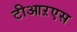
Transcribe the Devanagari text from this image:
टीआऱएस